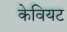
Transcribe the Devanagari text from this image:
केवियट